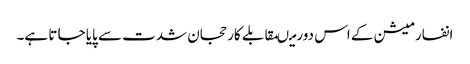
انفارمیشن کے اس دورمیںمقابلے کارحجان شدت سے پایا جا تا ہے۔